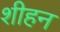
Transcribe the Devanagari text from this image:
शीहन